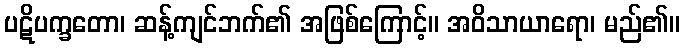
ပဋိပက္ခတော၊ ဆန့်ကျင်ဘက်၏ အဖြစ်ကြောင့်။ အဝိသာယာရော၊ မည်၏။